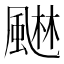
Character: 𮨭